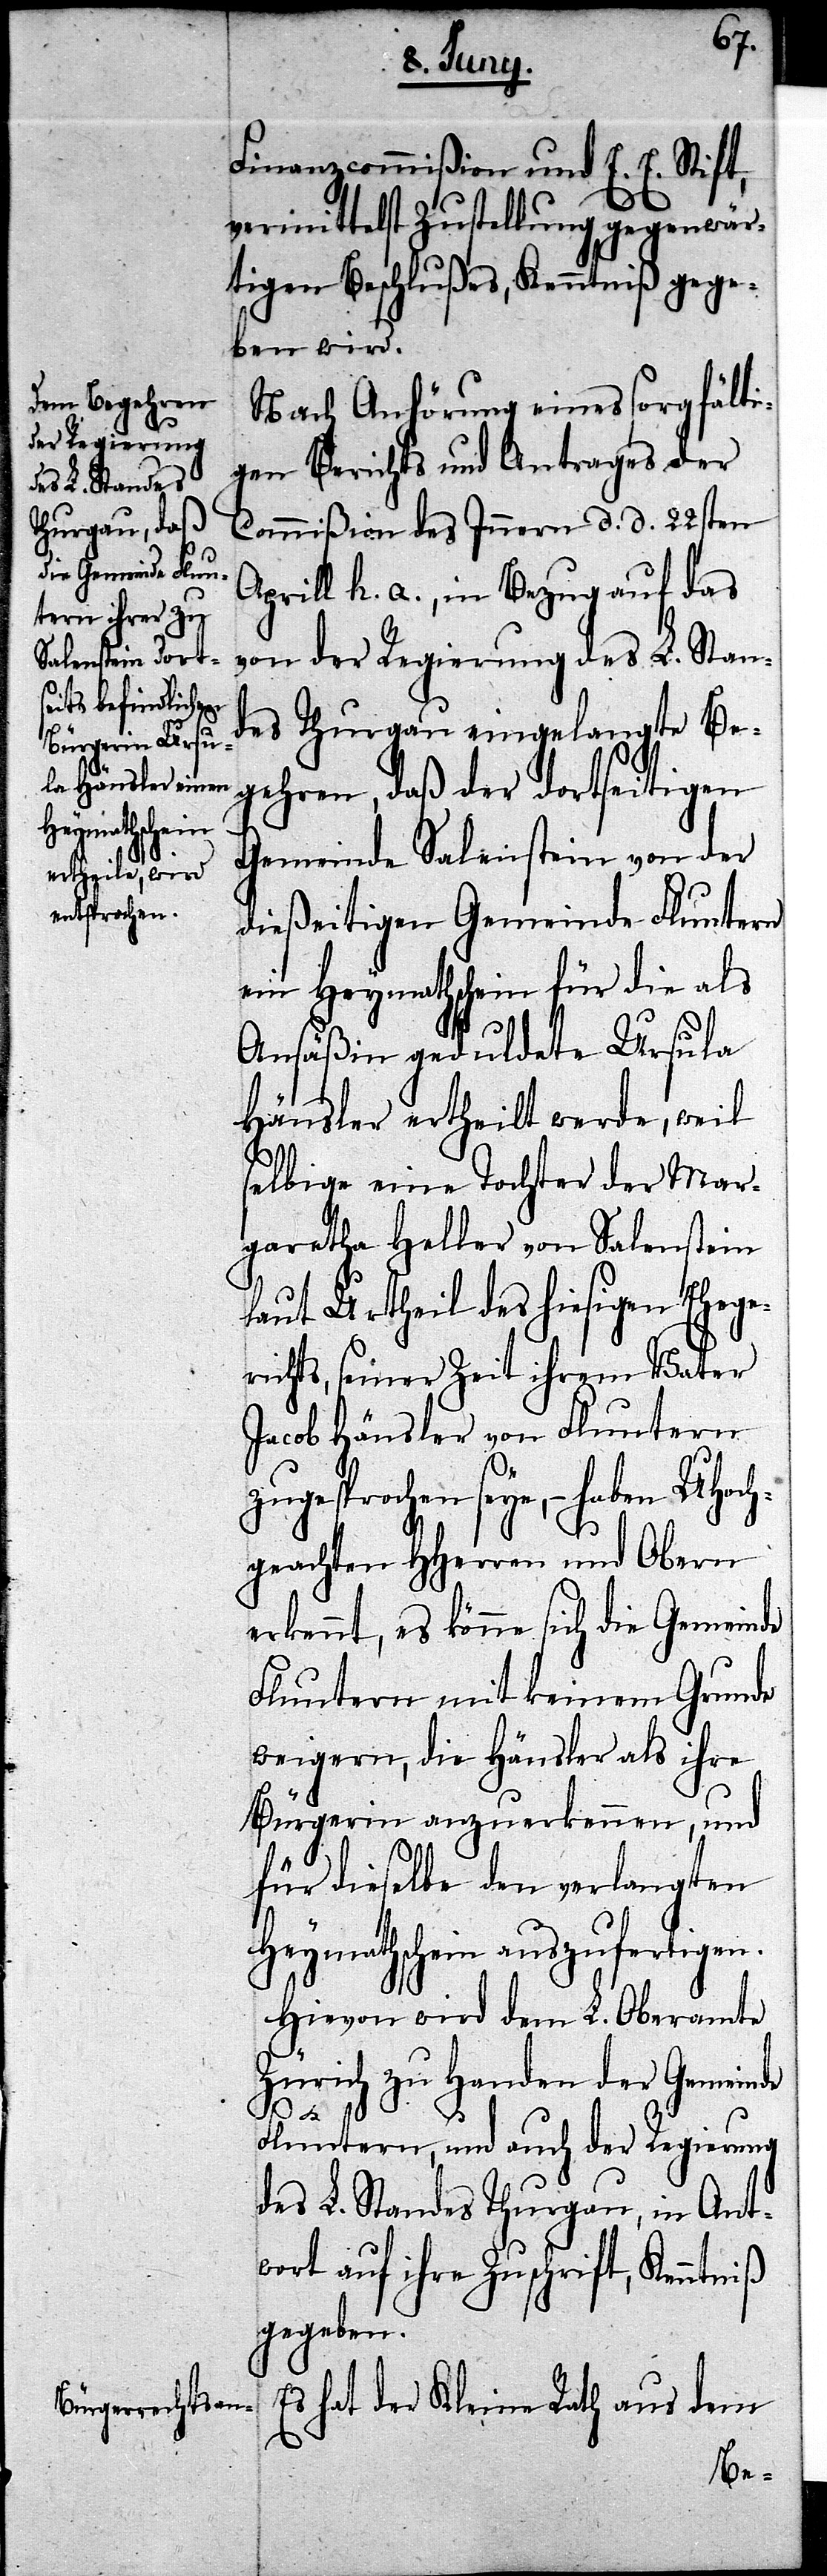
zu¬
Finanzcommißion und E. E. Stift,
vermittelst Zustellung gegenwär¬
tigen Beschlußes, Kenntniß gege¬
ben wird.
Nach Anhörung eines sorgfälti¬
gen Berichts und Antrages der
Commißion des Innern d. d. 22sten
Aprill h. a., in Bezug auf das
von der Regierung des L. Stan¬
des Thurgau eingelangte Be¬
gehren, daß der dortseitigen
Gemeinde Salenstein von der
dießeitigen Gemeinde Fluntern
ein Heymathschein für die als
Ansäßin geduldete Ursula
Hänsler ertheilt werde, weil
selbige eine Tochter der Mar¬
garetha Heller von Salenstein
laut Urtheil des hiesigen Ehege¬
richts, seiner Zeit ihrem Vater
Jacob Hänsler von Fluntern
gesprochen seye, haben UHoch¬
geachten HHerren und Obern
erkennt, es könne sich die Gemeinde
Fluntern mit keinem Grunde
weigern, die Hänsler als ihre
Bürgerin anzuerkennen, und
für dieselbe den verlangten
Heymathschein auszufertigen.
Hievon wird dem L. Oberamte
Zürich zu Handen der Gemeinde
Fluntern, und auch der Regierung
des L. Standes Thurgau, in Ant¬
wort auf ihre Zuschrift, Kenntniß
gegeben.
Es hat der Kleine Rath aus dem